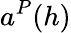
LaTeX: a^{P}(h)